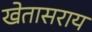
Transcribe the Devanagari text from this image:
खेतासराय